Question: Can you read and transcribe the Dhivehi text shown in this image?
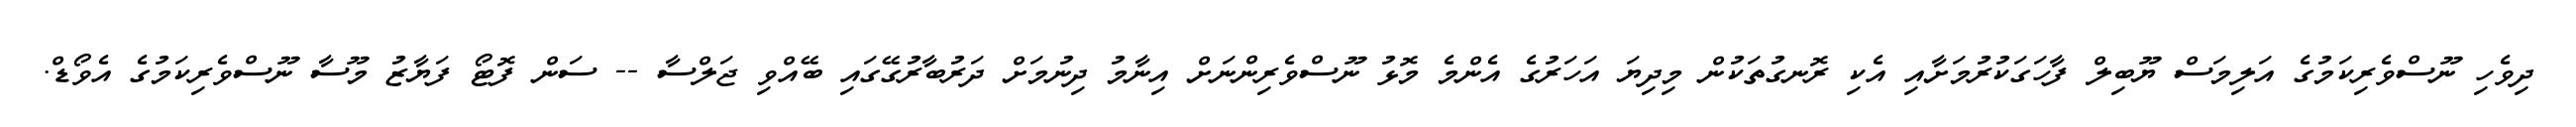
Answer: ދިވެހި ނޫސްވެރިކަމުގެ އަލިމަސް ޔޫބިލް ފާހަގަކުރުމަށާއި އެކި ރޮނގުތަކުން މިދިޔަ އަހަރުގެ އެންމެ މޮޅު ނޫސްވެރިންނަށް އިނާމު ދިނުމަށް ދަރުބާރުގޭގައި ބޭއްވި ޖަލްސާ -- ސަން ފޮޓޯ ފަޔާޒު މޫސާ ނޫސްވެރިކަމުގެ އެވޯޑް.